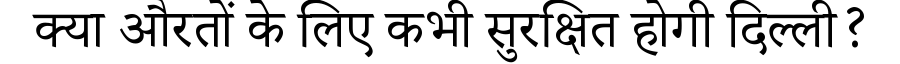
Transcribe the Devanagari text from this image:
क्या औरतों के लिए कभी सुरक्षित होगी दिल्ली?